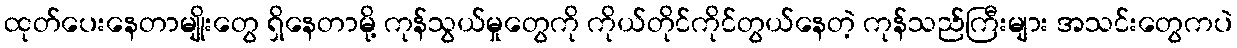
ထုတ်ပေးနေတာမျိုးတွေ ရှိနေတာမို့ ကုန်သွယ်မှုတွေကို ကိုယ်တိုင်ကိုင်တွယ်နေတဲ့ ကုန်သည်ကြီးများ အသင်းတွေကပဲ